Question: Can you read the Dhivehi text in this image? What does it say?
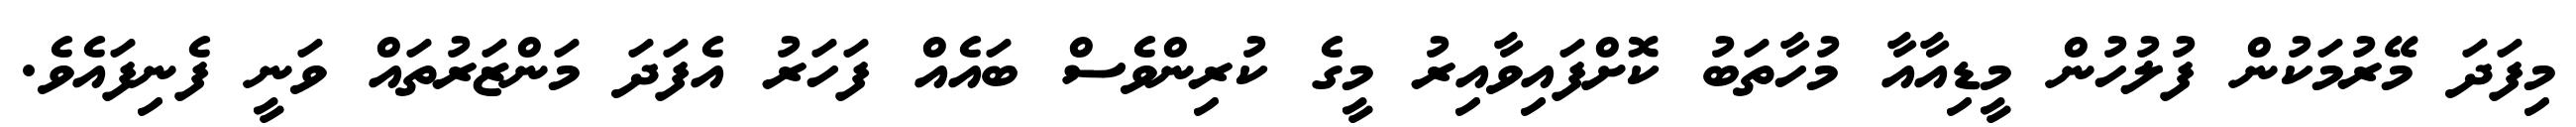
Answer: މިފަދަ މޭރުމަކުން ފުލުހުން މީޑިއާއާ މުހާތަބު ކޮށްފައިވާއިރު މީގެ ކުރިންވެސް ބައެއް ފަހަރު އެފަދަ މަންޒަރުތައް ވަނީ ފެނިފައެވެ.